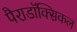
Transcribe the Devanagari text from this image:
पैराडॉक्सिकल